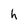
Character: h